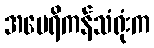
အမေရိကန်သံရုံးက